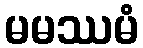
မမဿမံ